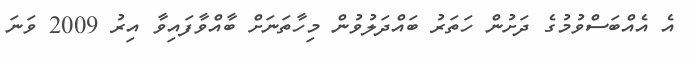
އެ އެއްބަސްވުމުގެ ދަށުން ހަތަރު ބައްދަލުވުން މިހާތަނަށް ބާއްވާފައިވާ އިރު 2009 ވަނަ